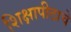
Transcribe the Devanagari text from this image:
शिक्षापीठाचे